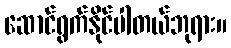
ဆောင်ရွက်နိုင်ပါတယ်ဘုရား။